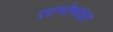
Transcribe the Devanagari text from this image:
एटमोफाइल